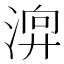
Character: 𣹚